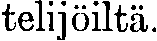
telijöiltä.